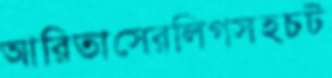
আরিতাসেরলিগসহচট